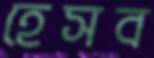
হেসব